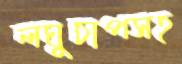
লঘুচাপসহ